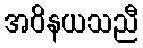
အဝိနယသညီ